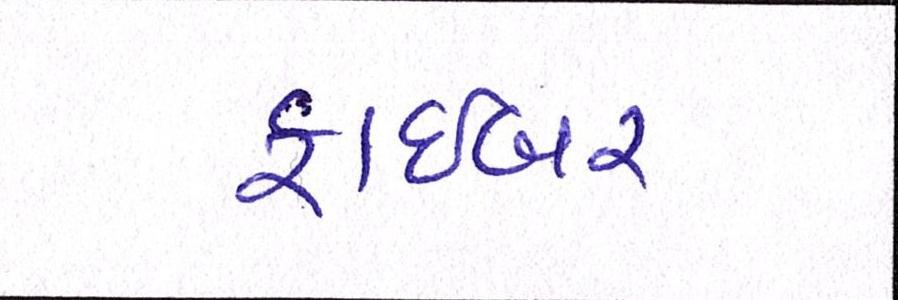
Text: ફાઇબર